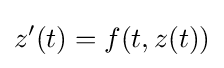
z'(t)=f(t,z(t))